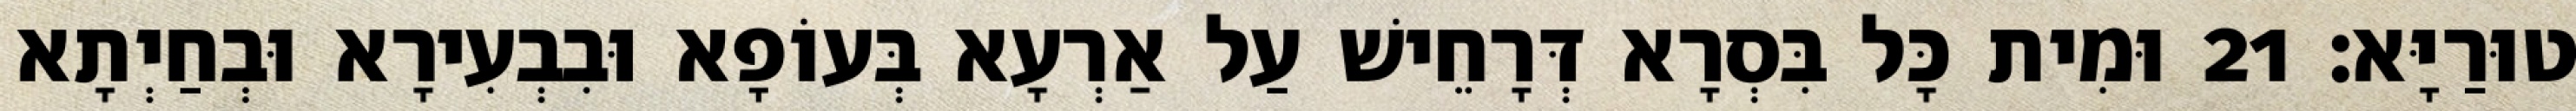
טוּרַיָּא׃ 21 וּמִית כָּל בִּסְרָא דְּרָחֵישׁ עַל אַרְעָא בְּעוֹפָא וּבִבְעִירָא וּבְחַיְתָא